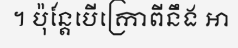
។ ប៉ុន្តែបើក្រោពីនឹង អា